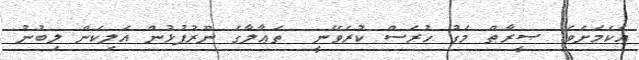
އެކަމަށެވެ. ޞީރާޠް މަގު ހުރަސް ކުރެވޭނީ  ތަޢާލާގެ ނޫރުފުޅުން އަލިކަން ލިބުނު